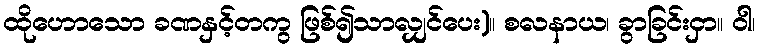
ထိုဟောသော ခဏနှင့်တကွ ဖြစ်၍သာလျှင်ပေး)။ စလနာယ၊ ခွာခြင်းငှာ။ ဝါ၊